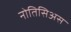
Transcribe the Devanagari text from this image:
नोतिसिअस